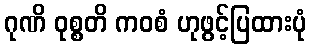
ဂုဏိ ဝုစ္စတိ ကဝစံ ဟုဖွင့်ပြထားပုံ